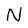
Character: N